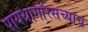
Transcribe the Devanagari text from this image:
पायथागॉरसच्याच